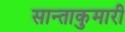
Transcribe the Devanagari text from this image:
सान्ताकुमारी